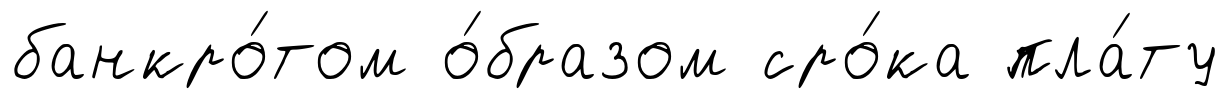
банкро́том о́бразом сро́ка пла́ту